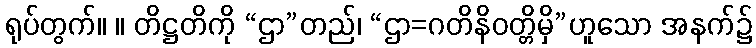
ရုပ်တွက်။ ။ တိဋ္ဌတိကို “ဌာ”တည်၊ “ဌာ=ဂတိနိဝတ္တိမှိ”ဟူသော အနက်၌